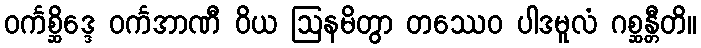
ဝင်္ကစ္ဆိဒ္ဒေ ဝင်္ကအာဏီ ဝိယ ဩနမိတွာ တဿေဝ ပါဒမူလံ ဂစ္ဆန္တီတိ။